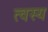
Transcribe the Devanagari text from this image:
त्वस्य